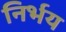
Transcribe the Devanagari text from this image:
निर्भय